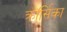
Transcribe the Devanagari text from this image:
क्रॉर्सिका